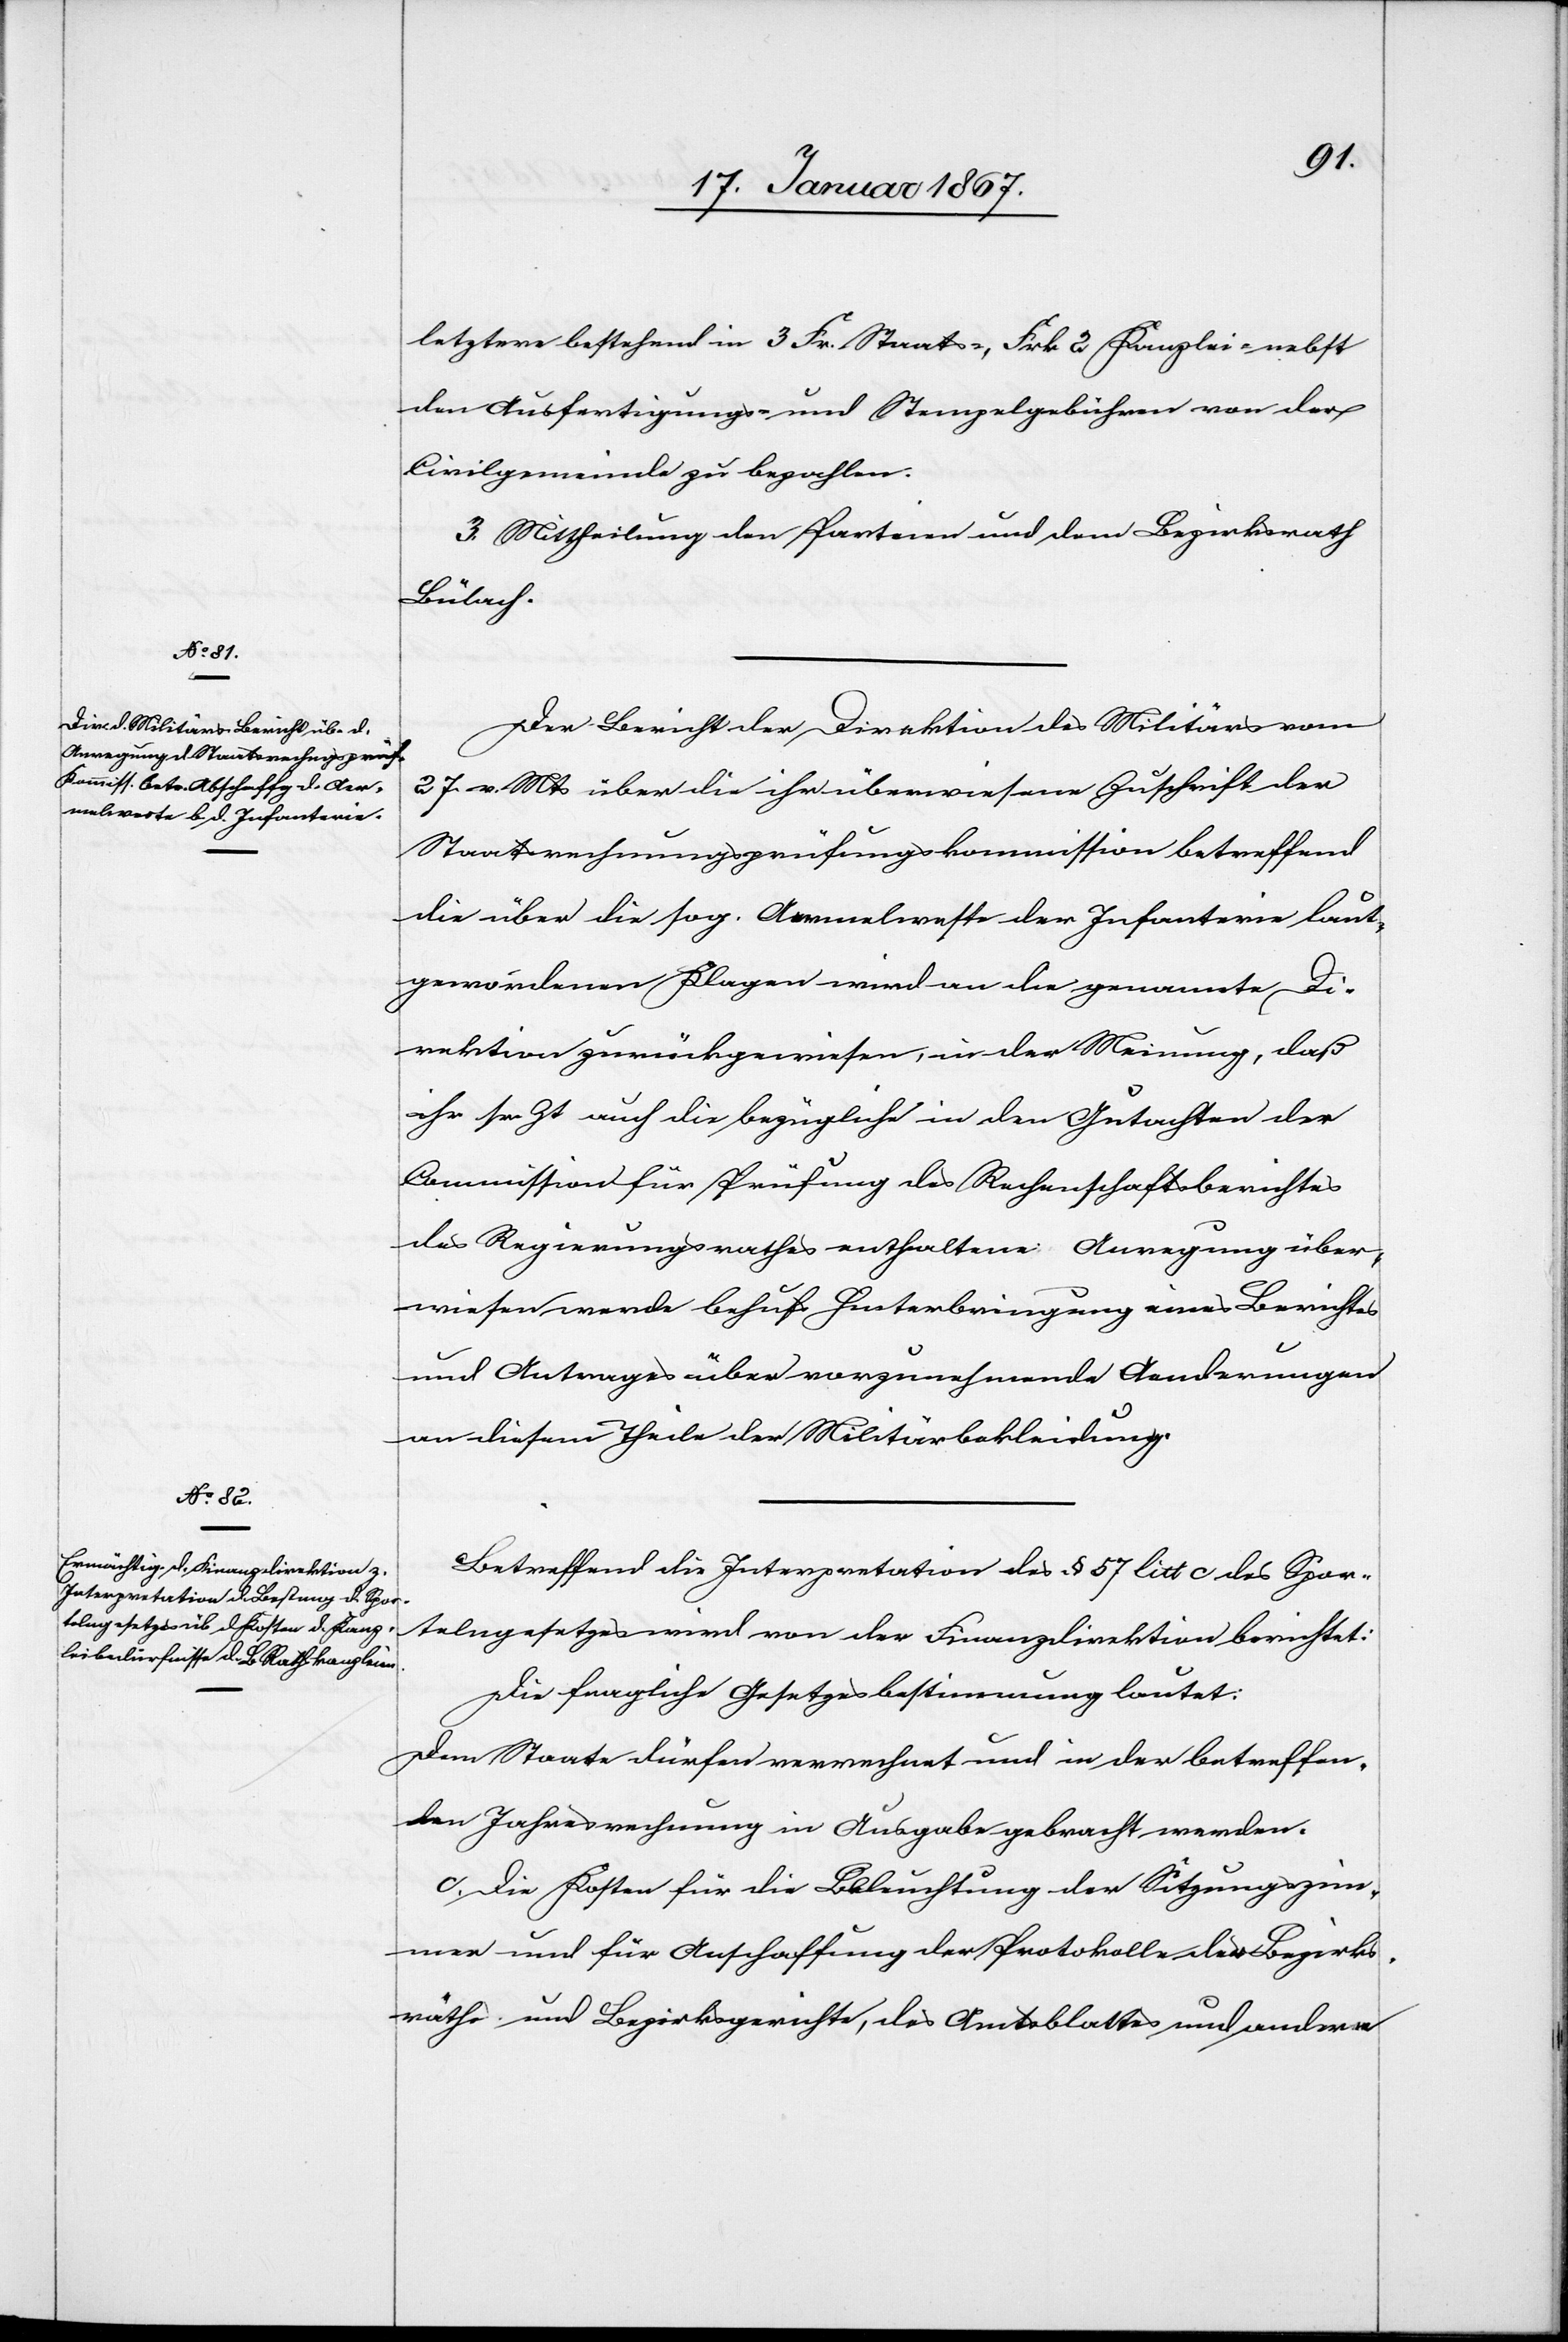
letztere bestehend in 3 Fr. Staats-, Frk 2 Kanzlei- nebst
den Ausfertigungs- und Stempelgebühren von der
Civilgemeinde zu bezahlen.
3. Mittheilung den Parteien und dem Bezirksrath
Bülach.
Der Bericht der Direktion des Militärs vom
27. v. Mts über die ihr überwiesene Zuschrift der
Staatsrechnungsprüfungskommission betreffend
die über die sog. Aermelweste der Infanterie laut
gewordenen Klagen wird an die genannte D¬
irektion zurückgewiesen, in der Meinung, daß
ihr sr. Zt auch die bezügliche in den Gutachten der
Commission für Prüfung des Rechenschaftsberichtes
des Regierungsrathes enthaltene Anregung über¬
wiesen werde behufs Hinterbringung eines Berichtes
und Antrages über vorzunehmende Aenderungen
an diesem Theile der Militärbekleidung.
Betreffend die Interpretation des § 57 litt c des Spor¬
telngesetzes wird von der Finanzdirektion berichtet:
Die fragliche Gesetzesbestimmung lautet:
Dem Staate dürfen verrechnet und in der betreffen¬
den Jahresrechnung in Ausgabe gebracht werden.
c. Die Kosten für die Beleuchtung der Sitzungszim¬
mer und für Anschaffung der Protokolle der Bezirks¬
räthe und Bezirksgerichte, des Amtsblattes und andere